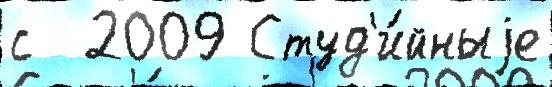
с  2009 Студ'и́йныjе